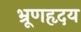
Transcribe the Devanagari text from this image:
भ्रूणहृदय